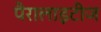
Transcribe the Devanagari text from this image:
पैरालाइटीज